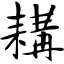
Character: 耩